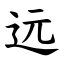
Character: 远